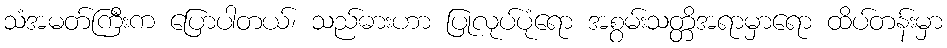
သံအမတ်ကြီးက ပြောပါတယ်၊ သည်ဓားဟာ ပြုလုပ်ပုံရော အစွမ်းသတ္တိအရာမှာရော ထိပ်တန်းမှာ